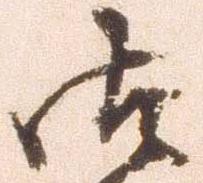
御